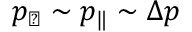
p _ { \perp } \sim p _ { \| } \sim \Delta p